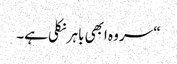
“ سر وہ ابھی باہر نکلی ہے۔